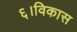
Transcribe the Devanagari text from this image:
६।विकास